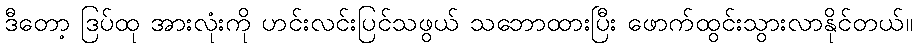
ဒီတော့ ဒြပ်ထု အားလုံးကို ဟင်းလင်းပြင်သဖွယ် သဘောထားပြီး ဖောက်ထွင်းသွားလာနိုင်တယ်။